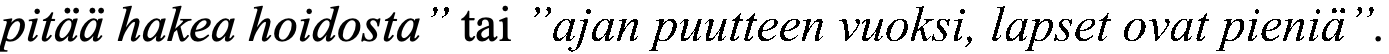
pitää hakea hoidosta” tai ”ajan puutteen vuoksi, lapset ovat pieniä”.